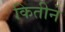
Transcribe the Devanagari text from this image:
कितीने